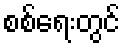
စစ်ရေးတွင်